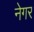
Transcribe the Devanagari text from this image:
नेगर